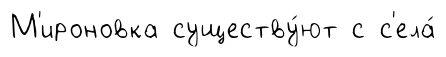
М'ироновка существу́ют с с'ела́